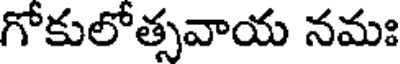
గోకులోత్సవాయ నమః